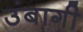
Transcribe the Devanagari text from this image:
उंबागी